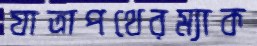
যাত্রাপথেরম্যাক